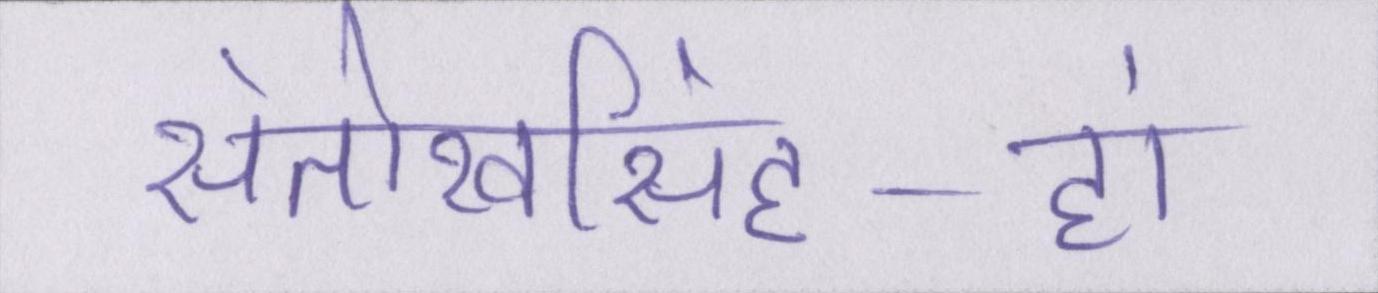
संतोखसिंह-हां